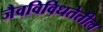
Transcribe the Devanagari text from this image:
जैवविविधतेतील